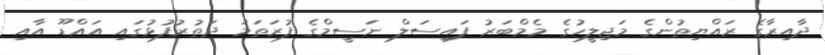
ދާއިރާގެ ރައްޔިތުންގެ މަޖިލީހުގެ މެމްބަރު ފައިސަލް ނަސީމްގެ ފުރަތަމަ ދަތުރުފުޅުގައި އައްޑޫ އާއި